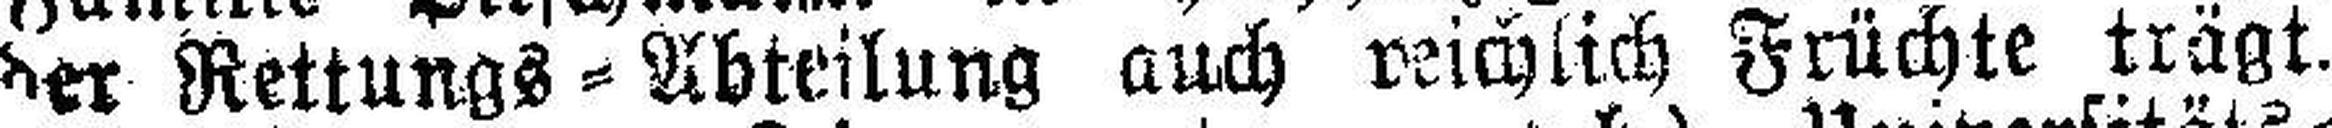
der Rettungs=Abteilung auch reichlich Früchte trägt.